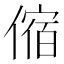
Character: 𠍊